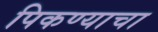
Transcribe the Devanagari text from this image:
पिकण्याचा